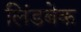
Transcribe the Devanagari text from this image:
लिंडबेक